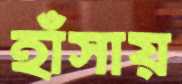
হাঁসায়